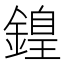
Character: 𨪽